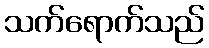
သက်ရောက်သည်